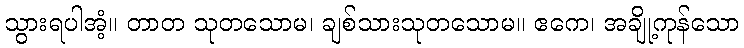
သွားရပါအံ့။ တာတ သုတသောမ၊ ချစ်သားသုတသောမ။ ဧကေ၊ အချို့ကုန်သော